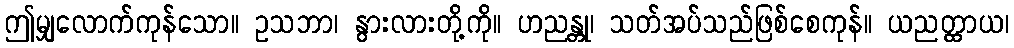
ဤမျှလောက်ကုန်သော။ ဥသဘာ၊ နွားလားတို့ကို။ ဟညန္တု၊ သတ်အပ်သည်ဖြစ်စေကုန်။ ယညတ္ထာယ၊